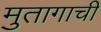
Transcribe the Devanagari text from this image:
मुतागाची